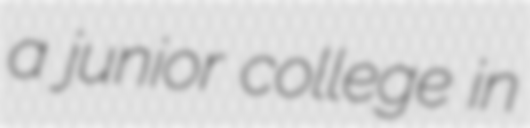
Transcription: a junior college in